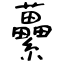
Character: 虆